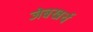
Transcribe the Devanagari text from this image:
जेबखर्च